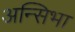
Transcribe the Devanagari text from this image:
अन्सिभा